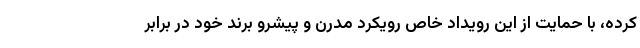
کرده، با حمایت از این رویداد خاص رویکرد مدرن و پیشرو برند خود در برابر